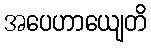
အပေဟာယျေတိ